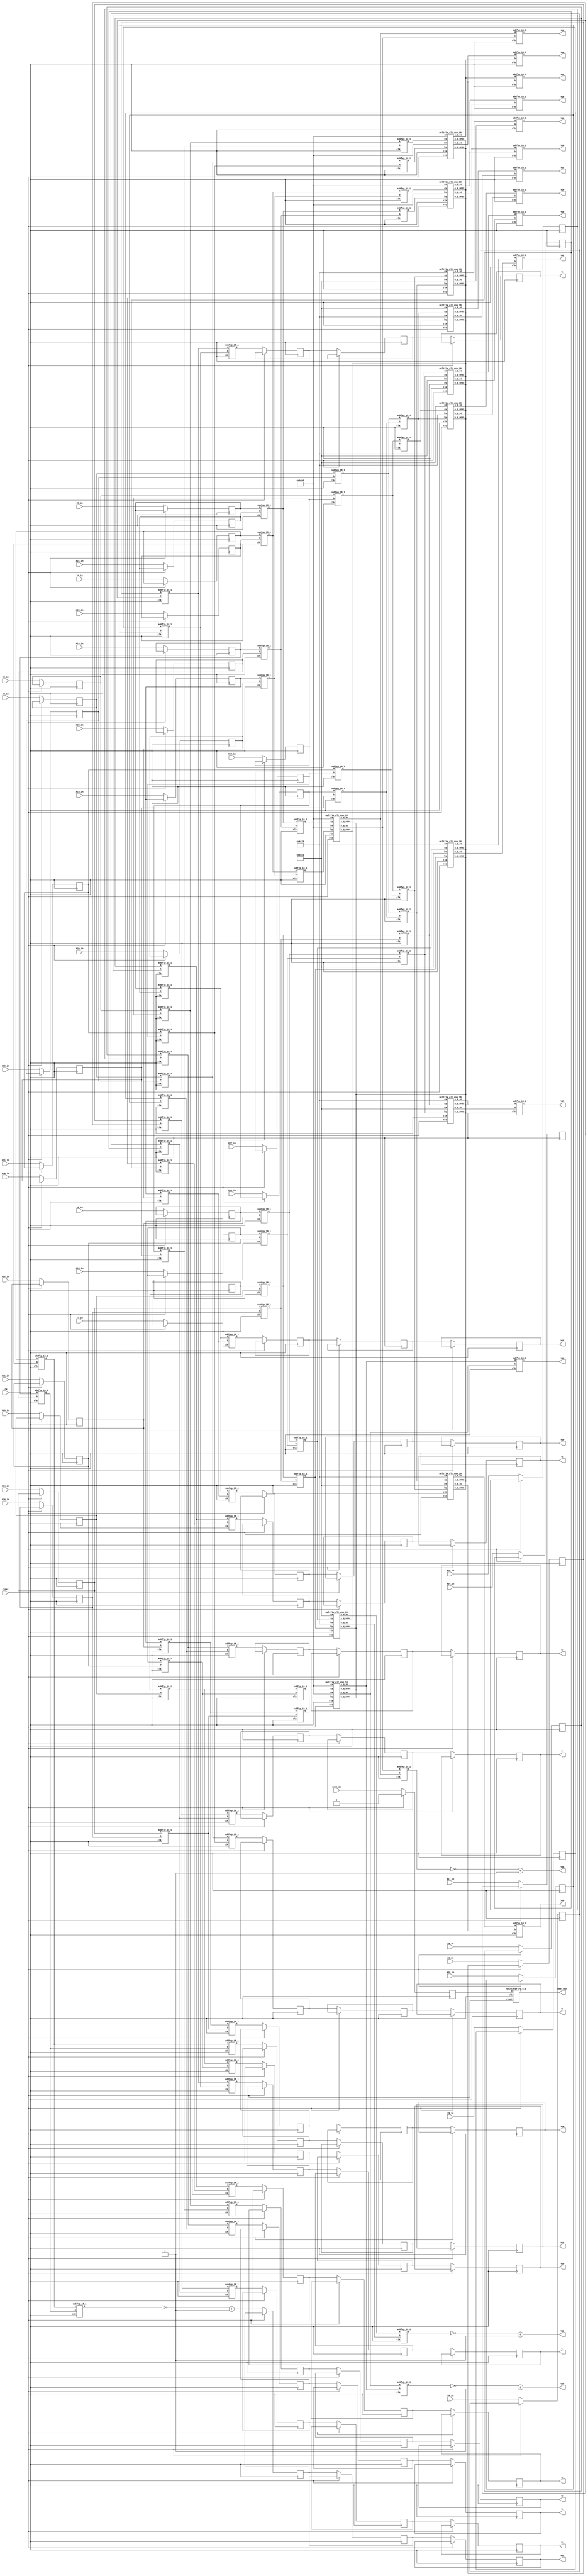
`define SIMULATION_MEMORY

module codeBlock88206_18 (
	input clk,
	input reset,
	input next_in,
	input [17:0] X0_in,
	output [17:0] Y0,
	input [17:0] X1_in,
	output [17:0] Y1,
	input [17:0] X2_in,
	output [17:0] Y2,
	input [17:0] X3_in,
	output [17:0] Y3,
	input [17:0] X4_in,
	output [17:0] Y4,
	input [17:0] X5_in,
	output [17:0] Y5,
	input [17:0] X6_in,
	output [17:0] Y6,
	input [17:0] X7_in,
	output [17:0] Y7,
	input [17:0] X8_in,
	output [17:0] Y8,
	input [17:0] X9_in,
	output [17:0] Y9,
	input [17:0] X10_in,
	output [17:0] Y10,
	input [17:0] X11_in,
	output [17:0] Y11,
	input [17:0] X12_in,
	output [17:0] Y12,
	input [17:0] X13_in,
	output [17:0] Y13,
	input [17:0] X14_in,
	output [17:0] Y14,
	input [17:0] X15_in,
	output [17:0] Y15,
	input [17:0] X16_in,
	output [17:0] Y16,
	input [17:0] X17_in,
	output [17:0] Y17,
	input [17:0] X18_in,
	output [17:0] Y18,
	input [17:0] X19_in,
	output [17:0] Y19,
	input [17:0] X20_in,
	output [17:0] Y20,
	input [17:0] X21_in,
	output [17:0] Y21,
	input [17:0] X22_in,
	output [17:0] Y22,
	input [17:0] X23_in,
	output [17:0] Y23,
	input [17:0] X24_in,
	output [17:0] Y24,
	input [17:0] X25_in,
	output [17:0] Y25,
	input [17:0] X26_in,
	output [17:0] Y26,
	input [17:0] X27_in,
	output [17:0] Y27,
	input [17:0] X28_in,
	output [17:0] Y28,
	input [17:0] X29_in,
	output [17:0] Y29,
	input [17:0] X30_in,
	output [17:0] Y30,
	input [17:0] X31_in,
	output [17:0] Y31,
	output next_out
);

reg next;
reg [17:0] X0;
reg [17:0] X1;
reg [17:0] X2;
reg [17:0] X3;
reg [17:0] X4;
reg [17:0] X5;
reg [17:0] X6;
reg [17:0] X7;
reg [17:0] X8;
reg [17:0] X9;
reg [17:0] X10;
reg [17:0] X11;
reg [17:0] X12;
reg [17:0] X13;
reg [17:0] X14;
reg [17:0] X15;
reg [17:0] X16;
reg [17:0] X17;
reg [17:0] X18;
reg [17:0] X19;
reg [17:0] X20;
reg [17:0] X21;
reg [17:0] X22;
reg [17:0] X23;
reg [17:0] X24;
reg [17:0] X25;
reg [17:0] X26;
reg [17:0] X27;
reg [17:0] X28;
reg [17:0] X29;
reg [17:0] X30;
reg [17:0] X31;
shiftRegFIFO_5_1 shiftRegFIFO_5_1_inst (
	.X(next),
	.Y(next_out),
	.reset(reset),
	.clk(clk)
);
wire  [17:0] a249;
 		wire  [17:0] a250;
 		wire  [17:0] a251;
 		wire  [17:0] a252;
 		wire  [17:0] a257;
 		wire  [17:0] a258;
 		wire  [17:0] a259;
 		wire  [17:0] a260;
 		wire  [17:0] a265;
 		wire  [17:0] a266;
 		wire  [17:0] a267;
 		wire  [17:0] a268;
 		wire  [17:0] a273;
 		wire  [17:0] a274;
 		wire  [17:0] a275;
 		wire  [17:0] a276;
 		wire  [17:0] a281;
 		wire  [17:0] a282;
 		wire  [17:0] a283;
 		wire  [17:0] a284;
 		wire  [17:0] a289;
 		wire  [17:0] a290;
 		wire  [17:0] a291;
 		wire  [17:0] a292;
 		wire  [17:0] a297;
 		wire  [17:0] a298;
 		wire  [17:0] a299;
 		wire  [17:0] a300;
 		wire  [17:0] a305;
 		wire  [17:0] a306;
 		wire  [17:0] a307;
 		wire  [17:0] a308;
 		wire  [17:0] t914;
 		wire  [17:0] t915;
 		wire  [17:0] t916;
 		wire  [17:0] t917;
 		wire  [17:0] t918;
 		wire  [17:0] t919;
 		wire  [17:0] t920;
 		wire  [17:0] t921;
 		wire  [17:0] t930;
 		wire  [17:0] t931;
 		wire  [17:0] t932;
 		wire  [17:0] t933;
 		wire  [17:0] t934;
 		wire  [17:0] t935;
 		wire  [17:0] t936;
 		wire  [17:0] t937;
 		wire  [17:0] t952;
 		wire  [17:0] t953;
 		wire  [17:0] t954;
 		wire  [17:0] t955;
 		wire  [17:0] t956;
 		wire  [17:0] t957;
 		wire  [17:0] t958;
 		wire  [17:0] t959;
 		wire  [17:0] t972;
 		wire  [17:0] t973;
 		wire  [17:0] t974;
 		wire  [17:0] t975;
 		wire  [17:0] t976;
 		wire  [17:0] t977;
 		wire  [17:0] t978;
 		wire  [17:0] t979;
 		wire  [17:0] t922;
 		wire  [17:0] t923;
 		wire  [17:0] t924;
 		wire  [17:0] t925;
 		wire  [17:0] t926;
 		wire  [17:0] t927;
 		wire  [17:0] t928;
 		wire  [17:0] t929;
 		wire  [17:0] t938;
 		wire  [17:0] t939;
 		wire  [17:0] t940;
 		wire  [17:0] t941;
 		wire  [17:0] t944;
 		wire  [17:0] t945;
 		wire  [17:0] t946;
 		wire  [17:0] t947;
 		wire  [17:0] t960;
 		wire  [17:0] t961;
 		wire  [17:0] t962;
 		wire  [17:0] t963;
 		wire  [17:0] t964;
 		wire  [17:0] t965;
 		wire  [17:0] t966;
 		wire  [17:0] t967;
 		wire  [17:0] t980;
 		wire  [17:0] t981;
 		wire  [17:0] t982;
 		wire  [17:0] t983;
 		wire  [17:0] t986;
 		wire  [17:0] t987;
 		wire  [17:0] t988;
 		wire  [17:0] t989;
 		reg  [17:0] tm24;
 		reg  [17:0] tm27;
 		reg  [17:0] tm30;
 		reg  [17:0] tm33;
 		reg  [17:0] tm36;
 		reg  [17:0] tm39;
 		reg  [17:0] tm42;
 		reg  [17:0] tm45;
 		reg  [17:0] tm48;
 		reg  [17:0] tm51;
 		reg  [17:0] tm54;
 		reg  [17:0] tm57;
 		reg  [17:0] tm60;
 		reg  [17:0] tm63;
 		reg  [17:0] tm66;
 		reg  [17:0] tm69;
 		wire  [17:0] a225;
 		wire  [17:0] a226;
 		wire  [17:0] a227;
 		wire  [17:0] a228;
 		wire  [17:0] a229;
 		wire  [17:0] a230;
 		wire  [17:0] a231;
 		wire  [17:0] a232;
 		wire  [17:0] a233;
 		wire  [17:0] a234;
 		wire  [17:0] a235;
 		wire  [17:0] a236;
 		wire  [17:0] a237;
 		wire  [17:0] a238;
 		wire  [17:0] a239;
 		wire  [17:0] a240;
 		wire  [17:0] a241;
 		wire  [17:0] a242;
 		wire  [17:0] a243;
 		wire  [17:0] a244;
 		wire  [17:0] a245;
 		wire  [17:0] a246;
 		wire  [17:0] a247;
 		wire  [17:0] a248;
 		reg  [17:0] tm25;
 		reg  [17:0] tm28;
 		reg  [17:0] tm31;
 		reg  [17:0] tm34;
 		reg  [17:0] tm37;
 		reg  [17:0] tm40;
 		reg  [17:0] tm43;
 		reg  [17:0] tm46;
 		reg  [17:0] tm49;
 		reg  [17:0] tm52;
 		reg  [17:0] tm55;
 		reg  [17:0] tm58;
 		reg  [17:0] tm61;
 		reg  [17:0] tm64;
 		reg  [17:0] tm67;
 		reg  [17:0] tm70;
 		wire  [17:0] t942;
 		wire  [17:0] t943;
 		wire  [17:0] t948;
 		wire  [17:0] t949;
 		wire  [17:0] t950;
 		wire  [17:0] t951;
 		wire  [17:0] t968;
 		wire  [17:0] t969;
 		wire  [17:0] t970;
 		wire  [17:0] t971;
 		wire  [17:0] t984;
 		wire  [17:0] t985;
 		wire  [17:0] t990;
 		wire  [17:0] t991;
 		wire  [17:0] t992;
 		wire  [17:0] t993;
 		reg  [17:0] tm26;
 		reg  [17:0] tm29;
 		reg  [17:0] tm32;
 		reg  [17:0] tm35;
 		reg  [17:0] tm38;
 		reg  [17:0] tm41;
 		reg  [17:0] tm44;
 		reg  [17:0] tm47;
 		reg  [17:0] tm50;
 		reg  [17:0] tm53;
 		reg  [17:0] tm56;
 		reg  [17:0] tm59;
 		reg  [17:0] tm62;
 		reg  [17:0] tm65;
 		reg  [17:0] tm68;
 		reg  [17:0] tm71;

wire [17:0] tm0;
assign tm0 = (18'hb505 >> (18-18));
wire  [17:0] tm2;
assign tm2 = (18'hec83 >> (18-18));
wire  [17:0] tm3;
assign tm3 = (18'h61f8 >> (18-18));

assign a249 = X0;
 		assign a250 = X16;
 		assign a251 = X1;
 		assign a252 = X17;
 		assign a257 = X8;
 		assign a258 = X24;
 		assign a259 = X9;
 		assign a260 = X25;
 		assign a265 = X2;
 		assign a266 = X18;
 		assign a267 = X3;
 		assign a268 = X19;
 		assign a273 = X10;
 		assign a274 = X26;
 		assign a275 = X11;
 		assign a276 = X27;
 		assign a281 = X4;
 		assign a282 = X20;
 		assign a283 = X5;
 		assign a284 = X21;
 		assign a289 = X12;
 		assign a290 = X28;
 		assign a291 = X13;
 		assign a292 = X29;
 		assign a297 = X6;
 		assign a298 = X22;
 		assign a299 = X7;
 		assign a300 = X23;
 		assign a305 = X14;
 		assign a306 = X30;
 		assign a307 = X15;
 		assign a308 = X31;
 		assign Y0 = tm26;
 		assign Y1 = tm29;
 		assign Y4 = tm32;
 		assign Y5 = tm35;
 		assign Y2 = tm38;
 		assign Y3 = tm41;
 		assign Y6 = tm44;
 		assign Y7 = tm47;
 		assign Y8 = tm50;
 		assign Y9 = tm53;
 		assign Y12 = t942;
 		assign Y13 = t943;
 		assign Y10 = t948;
 		assign Y11 = t949;
 		assign Y14 = t950;
 		assign Y15 = t951;
 		assign Y16 = tm56;
 		assign Y17 = tm59;
 		assign Y20 = tm62;
 		assign Y21 = tm65;
 		assign Y18 = t968;
 		assign Y19 = t969;
 		assign Y22 = t970;
 		assign Y23 = (~(t971)+1);
 		assign Y24 = tm68;
 		assign Y25 = tm71;
 		assign Y28 = t984;
 		assign Y29 = (~(t985)+1);
 		assign Y26 = t990;
 		assign Y27 = t991;
 		assign Y30 = (~(t992)+1);
 		assign Y31 = t993;

addfxp_18_1 add88218(.a(a249), .b(a250), .clk(clk), .q(t914));
 		addfxp_18_1 add88233(.a(a251), .b(a252), .clk(clk), .q(t915));
 		subfxp_18_1 sub88248(.a(a249), .b(a250), .clk(clk), .q(t916));
 		subfxp_18_1 sub88263(.a(a251), .b(a252), .clk(clk), .q(t917));
 		addfxp_18_1 add88278(.a(a257), .b(a258), .clk(clk), .q(t918));
 		addfxp_18_1 add88293(.a(a259), .b(a260), .clk(clk), .q(t919));
 		subfxp_18_1 sub88308(.a(a257), .b(a258), .clk(clk), .q(t920));
 		subfxp_18_1 sub88323(.a(a259), .b(a260), .clk(clk), .q(t921));
 		addfxp_18_1 add88426(.a(a265), .b(a266), .clk(clk), .q(t930));
 		addfxp_18_1 add88441(.a(a267), .b(a268), .clk(clk), .q(t931));
 		subfxp_18_1 sub88456(.a(a265), .b(a266), .clk(clk), .q(t932));
 		subfxp_18_1 sub88471(.a(a267), .b(a268), .clk(clk), .q(t933));
 		addfxp_18_1 add88486(.a(a273), .b(a274), .clk(clk), .q(t934));
 		addfxp_18_1 add88501(.a(a275), .b(a276), .clk(clk), .q(t935));
 		subfxp_18_1 sub88516(.a(a273), .b(a274), .clk(clk), .q(t936));
 		subfxp_18_1 sub88531(.a(a275), .b(a276), .clk(clk), .q(t937));
 		addfxp_18_1 add88746(.a(a281), .b(a282), .clk(clk), .q(t952));
 		addfxp_18_1 add88761(.a(a283), .b(a284), .clk(clk), .q(t953));
 		subfxp_18_1 sub88776(.a(a281), .b(a282), .clk(clk), .q(t954));
 		subfxp_18_1 sub88791(.a(a283), .b(a284), .clk(clk), .q(t955));
 		addfxp_18_1 add88806(.a(a289), .b(a290), .clk(clk), .q(t956));
 		addfxp_18_1 add88821(.a(a291), .b(a292), .clk(clk), .q(t957));
 		subfxp_18_1 sub88836(.a(a289), .b(a290), .clk(clk), .q(t958));
 		subfxp_18_1 sub88851(.a(a291), .b(a292), .clk(clk), .q(t959));
 		addfxp_18_1 add89012(.a(a297), .b(a298), .clk(clk), .q(t972));
 		addfxp_18_1 add89027(.a(a299), .b(a300), .clk(clk), .q(t973));
 		subfxp_18_1 sub89042(.a(a297), .b(a298), .clk(clk), .q(t974));
 		subfxp_18_1 sub89057(.a(a299), .b(a300), .clk(clk), .q(t975));
 		addfxp_18_1 add89072(.a(a305), .b(a306), .clk(clk), .q(t976));
 		addfxp_18_1 add89087(.a(a307), .b(a308), .clk(clk), .q(t977));
 		subfxp_18_1 sub89102(.a(a305), .b(a306), .clk(clk), .q(t978));
 		subfxp_18_1 sub89117(.a(a307), .b(a308), .clk(clk), .q(t979));
 		addfxp_18_1 add88330(.a(t914), .b(t918), .clk(clk), .q(t922));
 		addfxp_18_1 add88337(.a(t915), .b(t919), .clk(clk), .q(t923));
 		subfxp_18_1 sub88344(.a(t914), .b(t918), .clk(clk), .q(t924));
 		subfxp_18_1 sub88351(.a(t915), .b(t919), .clk(clk), .q(t925));
 		addfxp_18_1 add88374(.a(t916), .b(t921), .clk(clk), .q(t926));
 		subfxp_18_1 sub88381(.a(t917), .b(t920), .clk(clk), .q(t927));
 		subfxp_18_1 sub88388(.a(t916), .b(t921), .clk(clk), .q(t928));
 		addfxp_18_1 add88395(.a(t917), .b(t920), .clk(clk), .q(t929));
 		addfxp_18_1 add88538(.a(t930), .b(t934), .clk(clk), .q(t938));
 		addfxp_18_1 add88545(.a(t931), .b(t935), .clk(clk), .q(t939));
 		subfxp_18_1 sub88552(.a(t930), .b(t934), .clk(clk), .q(t940));
 		subfxp_18_1 sub88559(.a(t931), .b(t935), .clk(clk), .q(t941));
 		addfxp_18_1 add88610(.a(t932), .b(t937), .clk(clk), .q(t944));
 		subfxp_18_1 sub88617(.a(t933), .b(t936), .clk(clk), .q(t945));
 		subfxp_18_1 sub88624(.a(t932), .b(t937), .clk(clk), .q(t946));
 		addfxp_18_1 add88631(.a(t933), .b(t936), .clk(clk), .q(t947));
 		addfxp_18_1 add88858(.a(t952), .b(t956), .clk(clk), .q(t960));
 		addfxp_18_1 add88865(.a(t953), .b(t957), .clk(clk), .q(t961));
 		subfxp_18_1 sub88872(.a(t952), .b(t956), .clk(clk), .q(t962));
 		subfxp_18_1 sub88879(.a(t953), .b(t957), .clk(clk), .q(t963));
 		addfxp_18_1 add88903(.a(t954), .b(t959), .clk(clk), .q(t964));
 		subfxp_18_1 sub88910(.a(t955), .b(t958), .clk(clk), .q(t965));
 		subfxp_18_1 sub88917(.a(t954), .b(t959), .clk(clk), .q(t966));
 		addfxp_18_1 add88924(.a(t955), .b(t958), .clk(clk), .q(t967));
 		addfxp_18_1 add89124(.a(t972), .b(t976), .clk(clk), .q(t980));
 		addfxp_18_1 add89131(.a(t973), .b(t977), .clk(clk), .q(t981));
 		subfxp_18_1 sub89138(.a(t972), .b(t976), .clk(clk), .q(t982));
 		subfxp_18_1 sub89145(.a(t973), .b(t977), .clk(clk), .q(t983));
 		addfxp_18_1 add89197(.a(t974), .b(t979), .clk(clk), .q(t986));
 		subfxp_18_1 sub89204(.a(t975), .b(t978), .clk(clk), .q(t987));
 		subfxp_18_1 sub89211(.a(t974), .b(t979), .clk(clk), .q(t988));
 		addfxp_18_1 add89218(.a(t975), .b(t978), .clk(clk), .q(t989));

multfix_alt_dsp_18 m88566(.ax(tm0), .ay(t940), .bx(tm0), .by(t941), .clk(clk), .a_q_sc(a225), .a_q_unsc(), .b_q_sc(a226), .b_q_unsc(), .rst(reset));
 			multfix_alt_dsp_18 m88570(.ax(tm2), .ay(t944), .bx(tm3), .by(t945), .clk(clk), .a_q_sc(a227), .a_q_unsc(), .b_q_sc(a228), .b_q_unsc(), .rst(reset));
 			multfix_alt_dsp_18 m88572(.ax(tm2), .ay(t945), .bx(tm3), .by(t944), .clk(clk), .a_q_sc(a229), .a_q_unsc(), .b_q_sc(a230), .b_q_unsc(), .rst(reset));
 			multfix_alt_dsp_18 m88574(.ax(tm3), .ay(t946), .bx(tm2), .by(t947), .clk(clk), .a_q_sc(a231), .a_q_unsc(), .b_q_sc(a232), .b_q_unsc(), .rst(reset));
 			multfix_alt_dsp_18 m88576(.ax(tm3), .ay(t947), .bx(tm2), .by(t946), .clk(clk), .a_q_sc(a233), .a_q_unsc(), .b_q_sc(a234), .b_q_unsc(), .rst(reset));
 			multfix_alt_dsp_18 m88578(.ax(tm0), .ay(t964), .bx(tm0), .by(t965), .clk(clk), .a_q_sc(a235), .a_q_unsc(), .b_q_sc(a236), .b_q_unsc(), .rst(reset));
 			multfix_alt_dsp_18 m88580(.ax(tm0), .ay(t967), .bx(tm0), .by(t966), .clk(clk), .a_q_sc(a237), .a_q_unsc(), .b_q_sc(a238), .b_q_unsc(), .rst(reset));
 			multfix_alt_dsp_18 m88582(.ax(tm0), .ay(t983), .bx(tm0), .by(t982), .clk(clk), .a_q_sc(a239), .a_q_unsc(), .b_q_sc(a240), .b_q_unsc(), .rst(reset));
 			multfix_alt_dsp_18 m88584(.ax(tm3), .ay(t986), .bx(tm2), .by(t987), .clk(clk), .a_q_sc(a241), .a_q_unsc(), .b_q_sc(a242), .b_q_unsc(), .rst(reset));
 			multfix_alt_dsp_18 m88586(.ax(tm3), .ay(t987), .bx(tm2), .by(t986), .clk(clk), .a_q_sc(a243), .a_q_unsc(), .b_q_sc(a244), .b_q_unsc(), .rst(reset));
 			multfix_alt_dsp_18 m88588(.ax(tm2), .ay(t988), .bx(tm3), .by(t989), .clk(clk), .a_q_sc(a245), .a_q_unsc(), .b_q_sc(a246), .b_q_unsc(), .rst(reset));
 			multfix_alt_dsp_18 m88590(.ax(tm3), .ay(t988), .bx(tm2), .by(t989), .clk(clk), .a_q_sc(a247), .a_q_unsc(), .b_q_sc(a248), .b_q_unsc(), .rst(reset));

addfxp_18_1 add88580(.a(a225), .b(a226), .clk(clk), .q(t942));
 		subfxp_18_1 sub88587(.a(a226), .b(a225), .clk(clk), .q(t943));
 		addfxp_18_1 add88652(.a(a227), .b(a228), .clk(clk), .q(t948));
 		subfxp_18_1 sub88673(.a(a229), .b(a230), .clk(clk), .q(t949));
 		addfxp_18_1 add88694(.a(a231), .b(a232), .clk(clk), .q(t950));
 		subfxp_18_1 sub88715(.a(a233), .b(a234), .clk(clk), .q(t951));
 		addfxp_18_1 add88945(.a(a235), .b(a236), .clk(clk), .q(t968));
 		subfxp_18_1 sub88952(.a(a236), .b(a235), .clk(clk), .q(t969));
 		subfxp_18_1 sub88973(.a(a237), .b(a238), .clk(clk), .q(t970));
 		addfxp_18_1 add88980(.a(a238), .b(a237), .clk(clk), .q(t971));
 		subfxp_18_1 sub89166(.a(a239), .b(a240), .clk(clk), .q(t984));
 		addfxp_18_1 add89173(.a(a240), .b(a239), .clk(clk), .q(t985));
 		addfxp_18_1 add89239(.a(a241), .b(a242), .clk(clk), .q(t990));
 		subfxp_18_1 sub89260(.a(a243), .b(a244), .clk(clk), .q(t991));
 		addfxp_18_1 add89281(.a(a245), .b(a246), .clk(clk), .q(t992));
 		subfxp_18_1 sub89302(.a(a247), .b(a248), .clk(clk), .q(t993));

always @(posedge clk) begin
	if (reset == 1) begin
		next <= 1'b0;
	end else begin
		X0 <= X0_in;
		X1 <= X1_in;
		X2 <= X2_in;
		X3 <= X3_in;
		X4 <= X4_in;
		X5 <= X5_in;
		X6 <= X6_in;
		X7 <= X7_in;
		X8 <= X8_in;
		X9 <= X9_in;
		X10 <= X10_in;
		X11 <= X11_in;
		X12 <= X12_in;
		X13 <= X13_in;
		X14 <= X14_in;
		X15 <= X15_in;
		X16 <= X16_in;
		X17 <= X17_in;
		X18 <= X18_in;
		X19 <= X19_in;
		X20 <= X20_in;
		X21 <= X21_in;
		X22 <= X22_in;
		X23 <= X23_in;
		X24 <= X24_in;
		X25 <= X25_in;
		X26 <= X26_in;
		X27 <= X27_in;
		X28 <= X28_in;
		X29 <= X29_in;
		X30 <= X30_in;
		X31 <= X31_in;
		next <= next_in;
		tm24 <= t922;
		tm27 <= t923;
		tm30 <= t924;
		tm33 <= t925;
		tm36 <= t926;
		tm39 <= t927;
		tm42 <= t928;
		tm45 <= t929;
		tm48 <= t938;
		tm51 <= t939;
		tm54 <= t960;
		tm57 <= t961;
		tm60 <= t963;
		tm63 <= (~(t962)+1);
		tm66 <= t980;
		tm69 <= t981;
		tm25 <= tm24;
		tm28 <= tm27;
		tm31 <= tm30;
		tm34 <= tm33;
		tm37 <= tm36;
		tm40 <= tm39;
		tm43 <= tm42;
		tm46 <= tm45;
		tm49 <= tm48;
		tm52 <= tm51;
		tm55 <= tm54;
		tm58 <= tm57;
		tm61 <= tm60;
		tm64 <= tm63;
		tm67 <= tm66;
		tm70 <= tm69;
		tm26 <= tm25;
		tm29 <= tm28;
		tm32 <= tm31;
		tm35 <= tm34;
		tm38 <= tm37;
		tm41 <= tm40;
		tm44 <= tm43;
		tm47 <= tm46;
		tm50 <= tm49;
		tm53 <= tm52;
		tm56 <= tm55;
		tm59 <= tm58;
		tm62 <= tm61;
		tm65 <= tm64;
		tm68 <= tm67;
		tm71 <= tm70;
	end
end

endmodule

module addfxp_18_1 (
	input [17:0] a,
	input [17:0] b,
	input clk,
	output [17:0] q
);

reg [17:0] res_0;
assign q = res_0;

always @(posedge clk) begin
	res_0 <= a + b;
end

endmodule

module multfix_alt_dsp_18 (
	input [17:0] ax,
	input [17:0] ay,
	input [17:0] bx,
	input [17:0] by,
	input clk,
	output [17:0] a_q_sc,
	output [17:0] a_q_unsc,
	output [17:0] b_q_sc,
	output [17:0] b_q_unsc,
	input rst
);

wire [35:0] a_res;
wire [35:0] b_res;

assign a_q_unsc = a_res[17:0];
assign a_q_sc = {a_res[35-1], a_res[32			:16]};
assign b_q_unsc = b_res[17:0];
assign b_q_sc = {b_res[35-1], b_res[32			:16]};

dsp_signed_mult_18x18_unit_18_36_0 dsp_signed_mult_18x18_unit_18_36_0_inst (
	.clk(clk),
	.ena(1'b1),
	.reset(rst),
	.i_valid(),
	.o_valid(),
	.ax(ax),
	.ay(ay),
	.bx(bx),
	.by(by),
	.resulta(a_res),
	.resultb(b_res)
);

endmodule
module dsp_signed_mult_18x18_unit_18_36_0 (
	input clk,
	input reset,
	input ena,
	input i_valid,
	input [17:0] ax,
	input [17:0] ay,
	input [17:0] bx,
	input [17:0] by,
	output o_valid,
	output [35:0] resulta,
	output [35:0] resultb 
);

reg [35:0] reg_resa, reg_resb;
always @(posedge clk) begin
	reg_resa <= ax * ay;
	reg_resb <= bx * by;
end
assign resulta = reg_resa;
assign resultb = reg_resb;
reg input_valid, result_valid, output_valid;
always @ (posedge clk) begin
	if (reset) begin
		output_valid <= 1'b0;
		input_valid <= 1'b0;
		result_valid <= 1'b0;
	end else if (ena) begin
		input_valid <= i_valid;
		result_valid <= input_valid;
		output_valid <= result_valid;
	end
end
assign o_valid = output_valid;

endmodule

module shiftRegFIFO_5_1 (
	input [0:0] X,
	output [0:0] Y,
	input reset,
	input clk
);

reg [0:0] mem_0;
reg [0:0] mem_1;
reg [0:0] mem_2;
reg [0:0] mem_3;
reg [0:0] mem_4;
assign Y = mem_4;

always @ (posedge clk) begin
	if (reset) begin
		mem_0 <= 0;
		mem_1 <= 0;
		mem_2 <= 0;
		mem_3 <= 0;
		mem_4 <= 0;
	end else begin
		mem_1 <= mem_0;
		mem_2 <= mem_1;
		mem_3 <= mem_2;
		mem_4 <= mem_3;
		mem_0 <= X;
	end
end

endmodule

module subfxp_18_1 (
	input [17:0] a,
	input [17:0] b,
	input clk,
	output [17:0] q
);

reg [17:0] res_0;
assign q = res_0;

always @(posedge clk) begin
	res_0 <= a + b;
end

endmodule